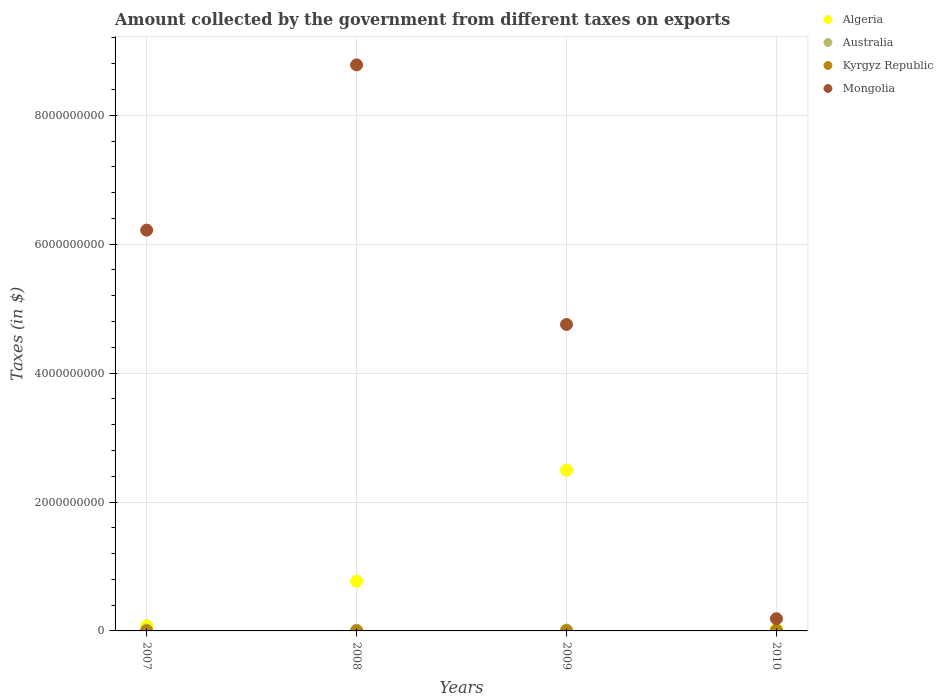
| Years | Algeria | Australia | Kyrgyz Republic | Mongolia |
 | --- | --- | --- | --- | --- |
 | 2007 | 8e+07 | 1.4e+07 | 1.46e+05 | 6.22e+09 |
 | 2008 | 7.7e+08 | 1e+07 | 1.81e+06 | 8.78e+09 |
 | 2009 | 2.49e+09 | 1.3e+07 | 3.56e+06 | 4.75e+09 |
 | 2010 | 3e+07 | 1.4e+07 | 5.91e+06 | 1.9e+08 |